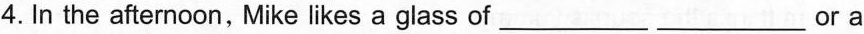
4. In the afternoon, Mike likes a glass of___ ___ or a